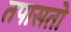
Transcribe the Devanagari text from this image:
तपासतो